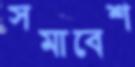
সমাবেশ